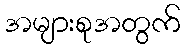
အများစုအတွက်